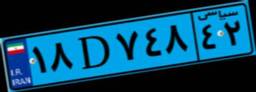
۱۸D۷۴۸۴۲